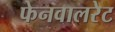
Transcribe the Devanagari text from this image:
फेनवालरेट